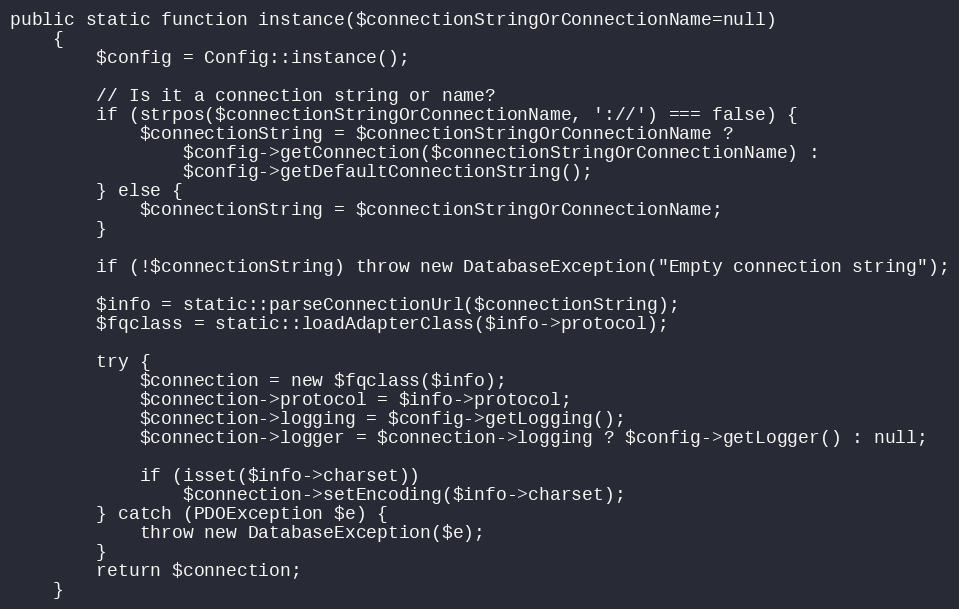
Language: PHP
public static function instance($connectionStringOrConnectionName=null)
	{
		$config = Config::instance();

		// Is it a connection string or name?
		if (strpos($connectionStringOrConnectionName, '://') === false)	{
			$connectionString = $connectionStringOrConnectionName ?
				$config->getConnection($connectionStringOrConnectionName) :
				$config->getDefaultConnectionString();
		} else {
			$connectionString = $connectionStringOrConnectionName;
		}

		if (!$connectionString)	throw new DatabaseException("Empty connection string");

		$info = static::parseConnectionUrl($connectionString);
		$fqclass = static::loadAdapterClass($info->protocol);

		try {
			$connection = new $fqclass($info);
			$connection->protocol = $info->protocol;
			$connection->logging = $config->getLogging();
			$connection->logger = $connection->logging ? $config->getLogger() : null;

			if (isset($info->charset))
				$connection->setEncoding($info->charset);
		} catch (PDOException $e) {
			throw new DatabaseException($e);
		}
		return $connection;
	}